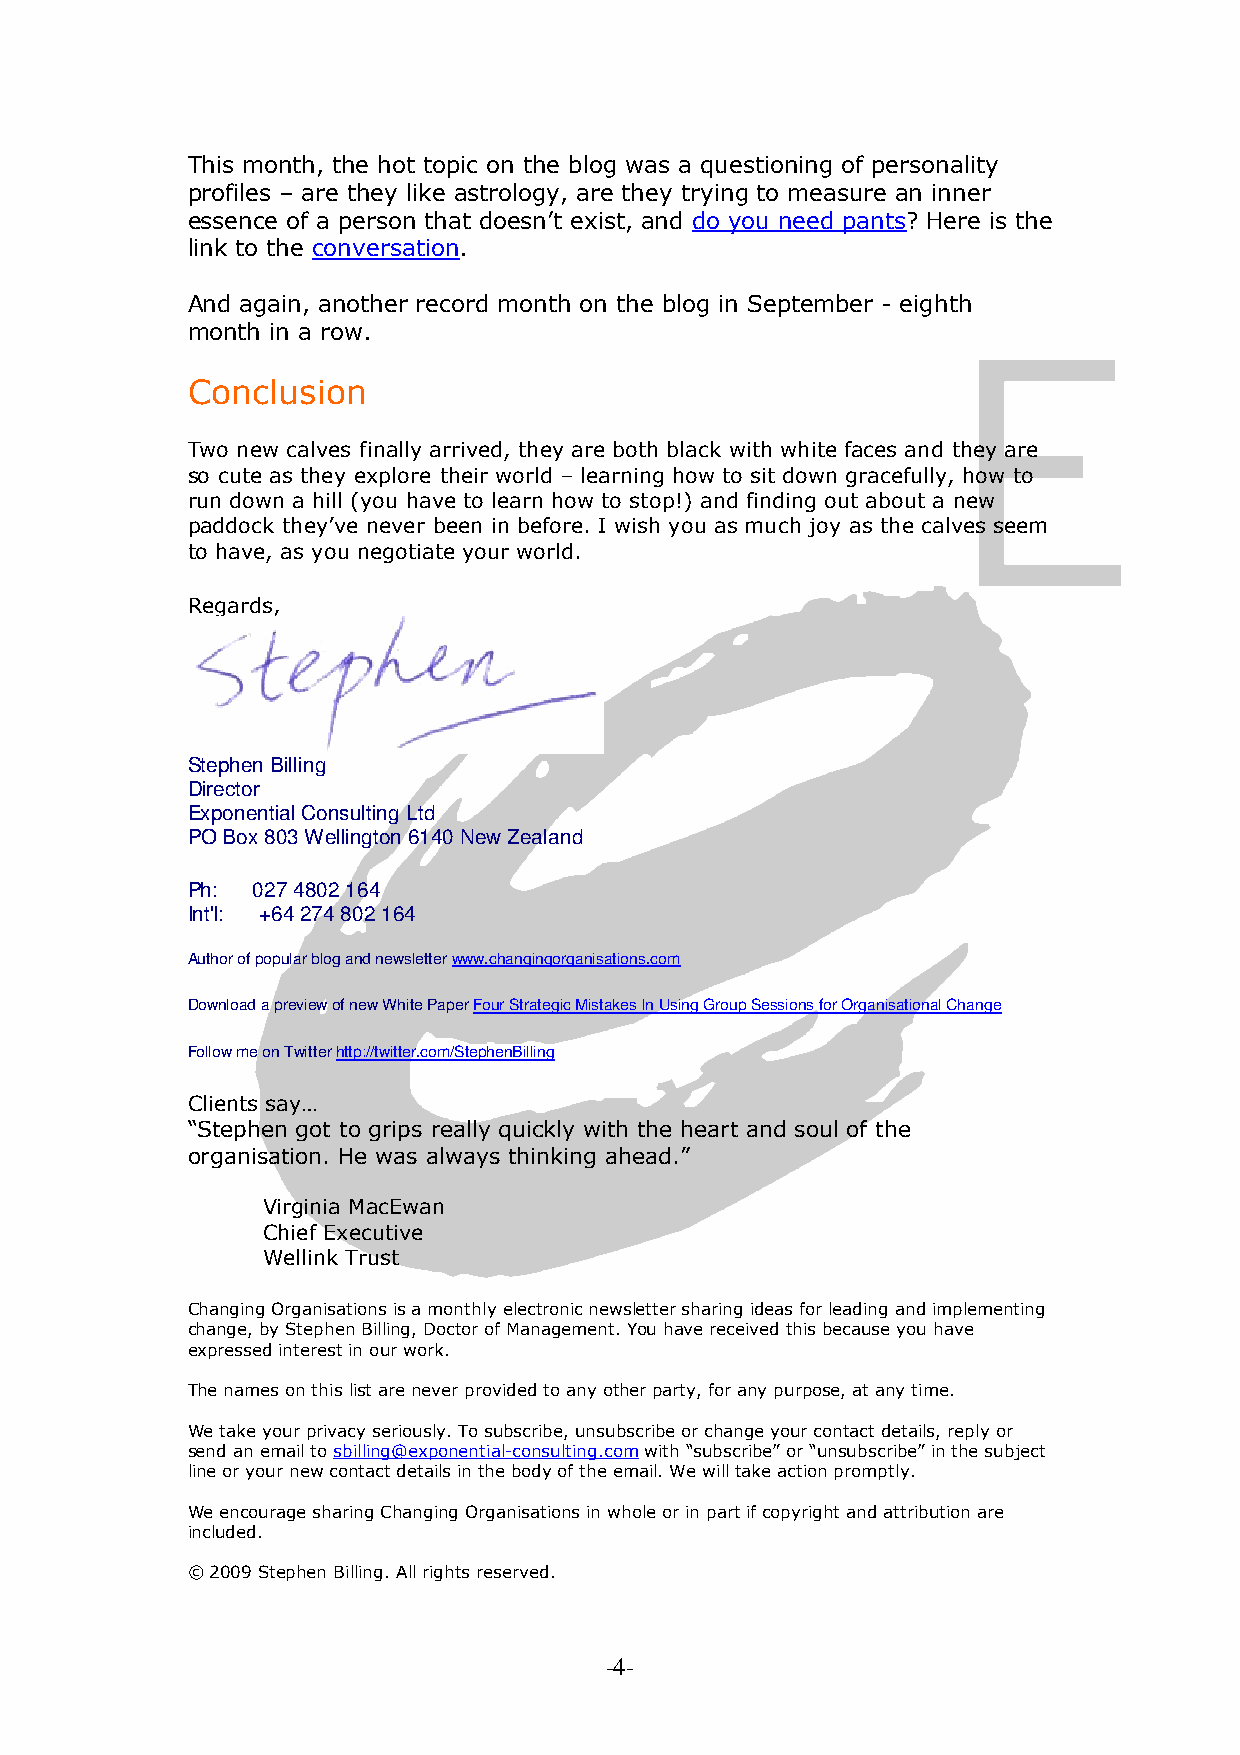
This month, the hot topic on the blog was a questioning of personality
 profiles – are they like astrology, are they trying to measure an inner
 essence of a person that doesn’t exist, and do you need pants? Here is the
 link to the conversation.
 And again, another record month on the blog in September - eighth
 month in a row.
 Conclusion
 Two new calves finally arrived, they are both black with white faces and they are
 so cute as they explore their world – learning how to sit down gracefully, how to
 run down a hill (you have to learn how to stop!) and finding out about a new
 paddock they’ve never been in before. I wish you as much joy as the calves seem
 to have, as you negotiate your world.
 Regards,
 Stephen Billing
 Director
 Exponential Consulting Ltd
 PO Box 803 Wellington 6140 New Zealand
 Ph:  027 4802 164
 Int'l: +64 274 802 164
 Author of popular blog and newsletter www.changingorganisations.com
 Download a preview of new White Paper Four Strategic Mistakes In Using Group Sessions for Organisational Change
 Follow me on Twitter http://twitter.com/StephenBilling
 Clients say…
 “Stephen got to grips really quickly with the heart and soul of the
 organisation. He was always thinking ahead.”
 Virginia MacEwan
 Chief Executive
 Wellink Trust
 Changing Organisations is a monthly electronic newsletter sharing ideas for leading and implementing
 change, by Stephen Billing, Doctor of Management. You have received this because you have
 expressed interest in our work.
 The names on this list are never provided to any other party, for any purpose, at any time.
 We take your privacy seriously. To subscribe, unsubscribe or change your contact details, reply or
 send an email to sbilling@exponential-consulting.com with “subscribe” or “unsubscribe” in the subject
 line or your new contact details in the body of the email. We will take action promptly.
 We encourage sharing Changing Organisations in whole or in part if copyright and attribution are
 included.
 © 2009 Stephen Billing. All rights reserved.
 -4-